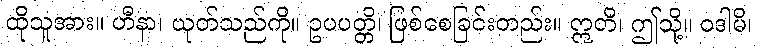
ထိုသူအား။ ဟီနာ၊ ယုတ်သည်ကို။ ဥပပတ္တိ၊ ဖြစ်စေခြင်းတည်း။ ဣတိ၊ ဤသို့။ ဝဒါမိ၊